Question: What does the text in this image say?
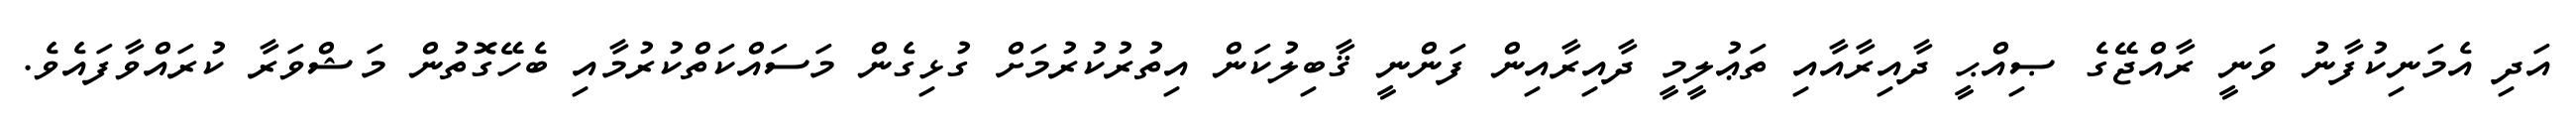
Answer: އަދި އެމަނިކުފާނު ވަނީ ރާއްޖޭގެ ޞިއްޙީ ދާއިރާއާއި ތަޢުލީމީ ދާއިރާއިން ފަންނީ ޤާބިލުކަން އިތުރުކުރުމަށް ގުޅިގެން މަސައްކަތްކުރުމާއި ބެހޭގޮތުން މަޝްވަރާ ކުރައްވާފައެވެ.